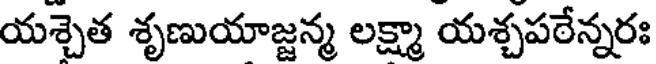
యశ్చెత శృణుయాజ్జన్మ లక్ష్మా యశ్చపఠేన్నరః